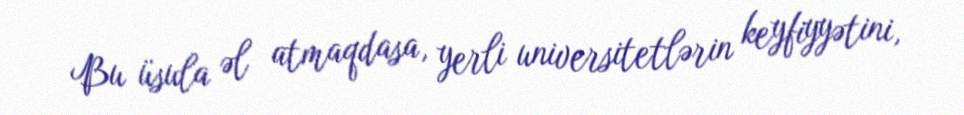
Bu üsula əl atmaqdasa, yerli universitetlərin keyfiyyətini,